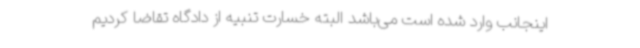
اینجانب وارد شده است می‌باشد البته خسارت تنبیه از دادگاه تقاضا کردیم